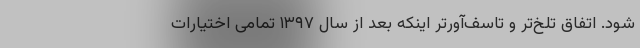
شود. اتفاق تلخ‌تر و تاسف‌آورتر اینکه بعد از سال ۱۳۹۷ تمامی اختیارات